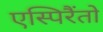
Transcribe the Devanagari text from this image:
एस्पिरैंतो